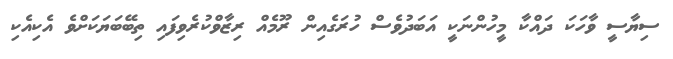
ސިޔާސީ ވާހަކަ ދައްކާ މީހުންނަކީ އަބަދުވެސް ހުރަގެއިން ރޫމެއް ރިޒާވްކުރެވިފައި ތިބޭބަޔަކަށްވެ އެކިއެކި